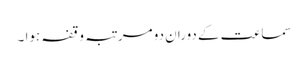
سماعت کے دوران دو مرتبہ وقفہ ہوا ۔